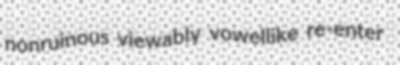
nonruinous viewably vowellike re-enter